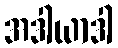
အဒါယာဒါ